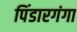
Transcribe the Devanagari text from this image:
पिंडारगंगा